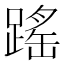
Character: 䠛